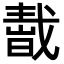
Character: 𢧬